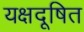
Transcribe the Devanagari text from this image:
यक्षदूषित